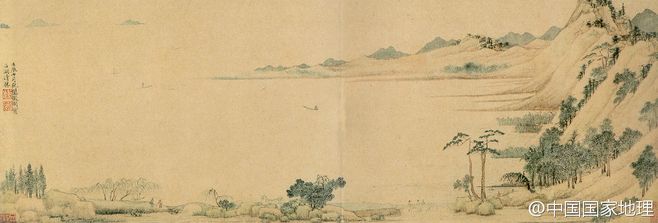
天容水色西湖好，云物俱鲜。